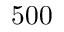
5 0 0